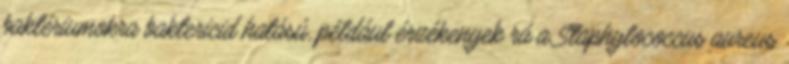
baktériumokra baktericid hatású, például érzékenyek rá a Staphylococcus aureus